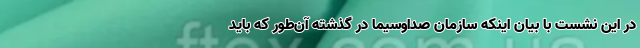
در این نشست با بیان اینکه سازمان صداوسیما در گذشته آن‌طور که باید